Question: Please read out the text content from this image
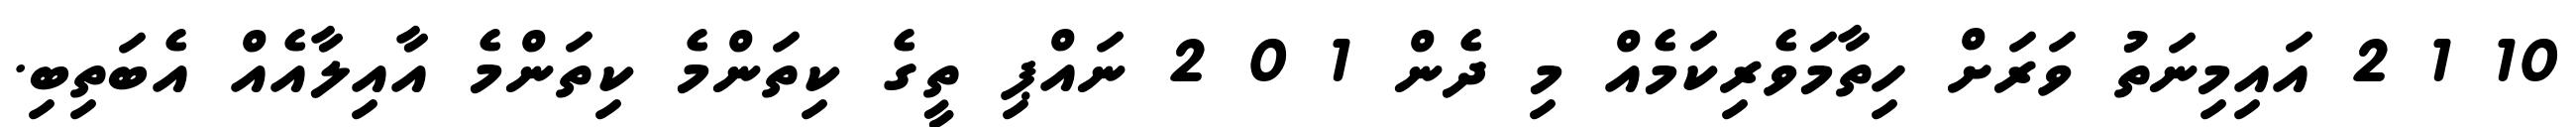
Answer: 10 1 2 އައިމިނަތު ވަރަށް ހިތާމަވެރިކަމެއް މި ދެން 1 0 2 ނައްޕި ތީގެ ކިތަންމެ ކިތަންމެ އާއިލާއެއް އެބަތިބި.